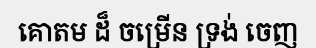
គោតម ដ៏ ចម្រើន ទ្រង់ ចេញ